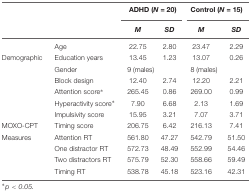
|  |  | <COLSPAN=2> ADHD (N = 20) | <COLSPAN=2> Control (N = 15) |
 |  |  | M | SD | M | SD |
 | --- | --- | --- | --- | --- | --- |
 |  | Age | 22.75 | 2.80 | 23.47 | 2.29 |
 | Demographic | Education years | 13.45 | 1.23 | 13.07 | 0.26 |
 |  | Gender | <COLSPAN=2> 9 (males) | <COLSPAN=2> 8 (males) |
 |  | Block design | 12.40 | 2.74 | 12.20 | 2.21 |
 |  | Attention score∗ | 265.45 | 0.86 | 269.00 | 0.99 |
 |  | Hyperactivity score∗ | 7.90 | 6.68 | 2.13 | 1.69 |
 |  | Impulsivity score | 15.95 | 3.21 | 7.07 | 3.71 |
 | MOXO-CPT | Timing score | 206.75 | 6.42 | 216.13 | 7.41 |
 | Measures | Attention RT | 561.80 | 47.27 | 542.79 | 51.50 |
 |  | One distractor RT | 572.73 | 48.49 | 552.99 | 54.46 |
 |  | Two distractors RT | 575.79 | 52.30 | 558.66 | 59.49 |
 |  | Timing RT | 538.78 | 45.18 | 523.16 | 42.31 |